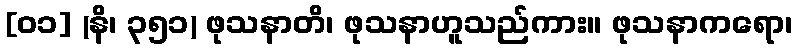
[၀၁] (နိ၊ ၃၅၁) ဖုသနာတိ၊ ဖုသနာဟူသည်ကား။ ဖုသနာကရော၊